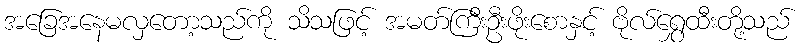
အခြေအနေမလှတော့သည်ကို သိသဖြင့် အမတ်ကြီးဦးဖိုးစောနှင့် ဗိုလ်ရွှေထီးတို့သည်